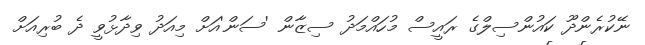
ނޭކުރެންދޫ ކައުންސިލްގެ ރައީސް މުހައްމަދު ސިޒާން 'ސަން'އަށް މިއަދު ވިދާޅުވީ ދެ ބުރިއަށް